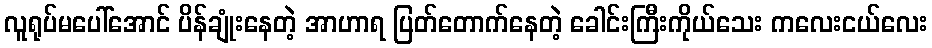
လူရုပ်မပေါ်အောင် ပိန်ချုံးနေတဲ့ အာဟာရ ပြတ်တောက်နေတဲ့ ခေါင်းကြီးကိုယ်သေး ကလေးငယ်လေး